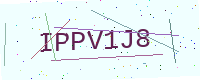
Text: IPPV1J8